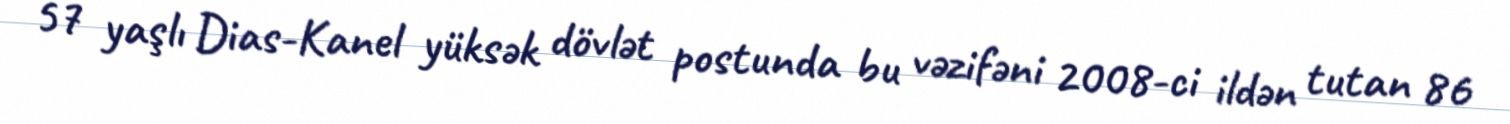
57 yaşlı Dias-Kanel yüksək dövlət postunda bu vəzifəni 2008-ci ildən tutan 86